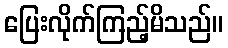
ပြေးလိုက်ကြည့်မိသည်။